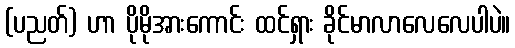
(ပညတ်) ဟာ ပိုမိုအားကောင်း ထင်ရှား ခိုင်မာလာလေလေပါပဲ။